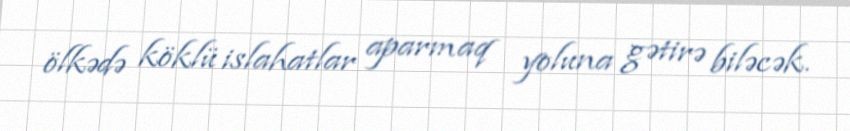
ölkədə köklü islahatlar aparmaq yoluna gətirə biləcək.